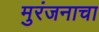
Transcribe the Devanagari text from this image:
मुरंजनाचा